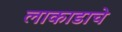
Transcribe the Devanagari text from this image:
लाकाडाचे